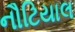
નૌટિયાલ